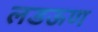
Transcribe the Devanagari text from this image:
लडऊण